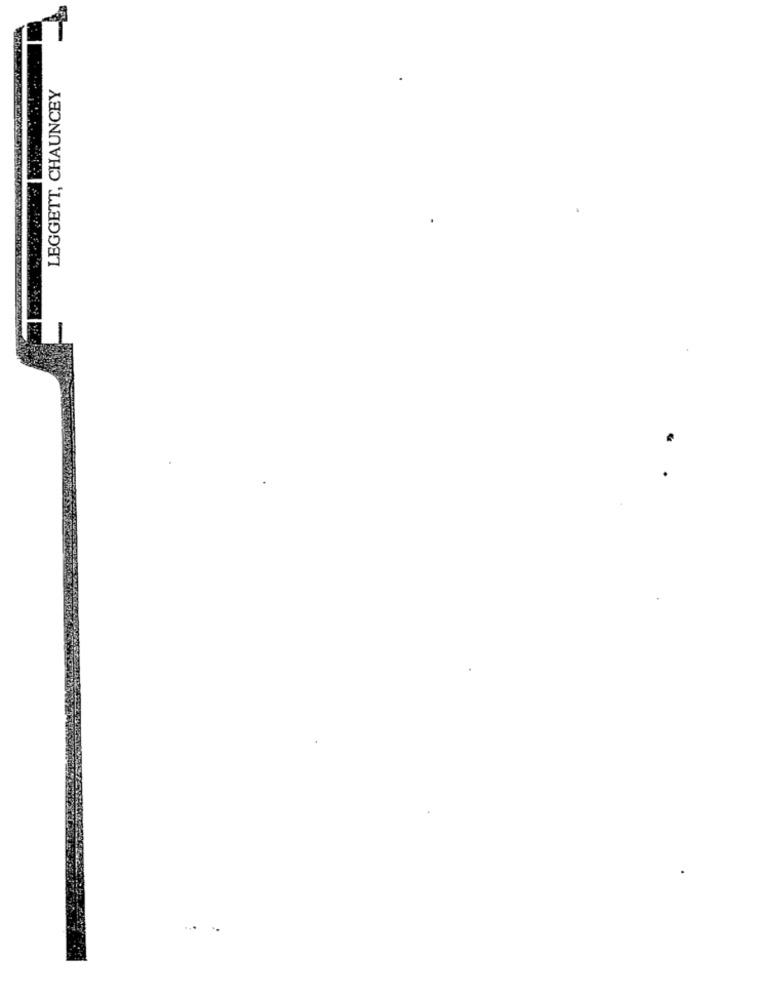
LEGGETT, CHAUNCEY